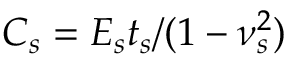
C _ { s } = E _ { s } t _ { s } / ( 1 - \nu _ { s } ^ { 2 } )